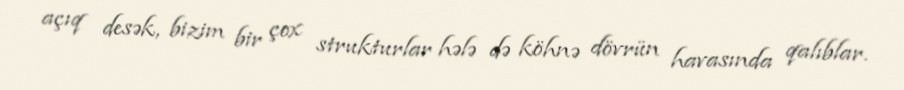
açıq desək, bizim bir çox strukturlar hələ də köhnə dövrün havasında qalıblar.